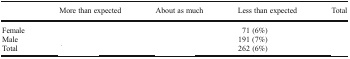
<table><thead><tr><td>[EMPTY_CELL]</td><td><b>More than expected</b></td><td><b>About as much</b></td><td><b>Less than expected</b></td><td><b>Total</b></td></tr></thead><tbody><tr><td>Female</td><td>[EMPTY_CELL]</td><td>[EMPTY_CELL]</td><td>71 (6%)</td><td>[EMPTY_CELL]</td></tr><tr><td>Male</td><td>[EMPTY_CELL]</td><td>[EMPTY_CELL]</td><td>191 (7%)</td><td>[EMPTY_CELL]</td></tr><tr><td>Total</td><td>[EMPTY_CELL]</td><td>[EMPTY_CELL]</td><td>262 (6%)</td><td>[EMPTY_CELL]</td></tr></tbody></table>